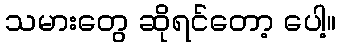
သမားတွေ ဆိုရင်တော့ ပေါ့။